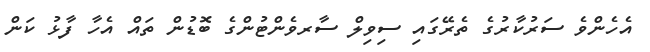
އެހެންވެ ސަރުކާރުގެ ތެރޭގައި ސިވިލް ސާރވެންޓުންގެ ބޮޑުން ތައް އެހާ ފާޅު ކަން